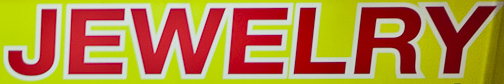
JEWELRY